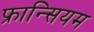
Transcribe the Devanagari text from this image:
फ्रान्सियम